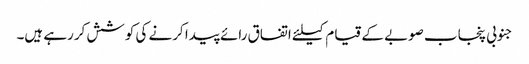
جنوبی پنجاب صوبے کے قیام کیلئے اتفاق رائے پیدا کرنے کی کوشش کررہے ہیں۔